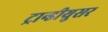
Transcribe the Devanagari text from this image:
ट्रान्डीयुसर